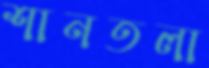
শানতলা